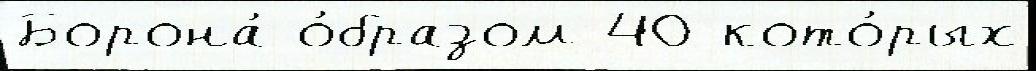
Борона́ о́бразом 40 кото́рых